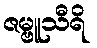
ဇမ္ဗူသီရိ